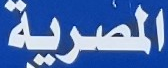
المصرية